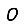
Digit: 0